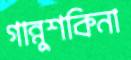
গান্নুশকিনা